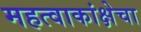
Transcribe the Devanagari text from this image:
महत्वाकांक्षेचा